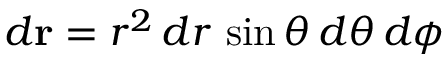
d \mathbf { r } = r ^ { 2 } \, d r \, \sin \theta \, d \theta \, d \phi